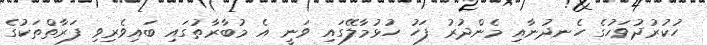
ހުކުރުދުވަހުގެ ހެނދުނާއި މެންދުރު ފަހު ހުޅުމާލޭގައި ވަނީ އެ މުބާރާތުގައި ބައިވެރިވި ފަރާތްތަކުގެ